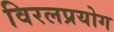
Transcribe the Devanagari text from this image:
विरलप्रयोग